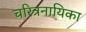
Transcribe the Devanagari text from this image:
चरित्रनायिका